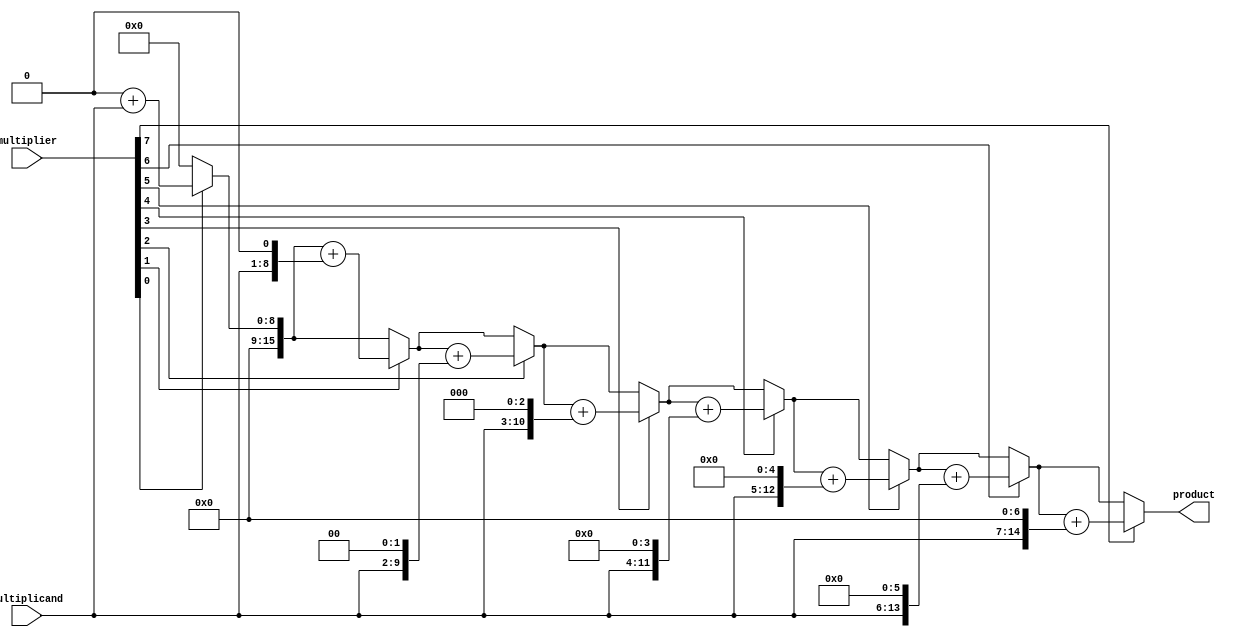
module unsigned_multiplier (
    input [7:0] multiplicand,
    input [7:0] multiplier,
    output reg [15:0] product
);

reg [15:0] partial_product;
reg [3:0] count;

always @(*) begin
    partial_product = 0;
    for(count = 0; count < 8; count = count + 1)
        if(multiplier[count] == 1)
            partial_product = partial_product + (multiplicand << count);
end

assign product = partial_product;

endmodule